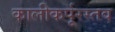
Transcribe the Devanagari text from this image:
कालीकर्पूरस्तव